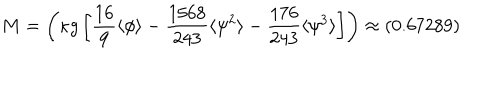
LaTeX: M = \left( \kappa g \left[ \frac { 1 6 } { 9 } \langle \phi \rangle - \frac { 1 5 6 8 } { 2 4 3 } \langle \psi ^ { 2 } \rangle - \frac { 1 7 6 } { 2 4 3 } \langle \psi ^ { 3 } \rangle \right] \right) \approx ( 0 . 6 7 2 8 9 )